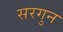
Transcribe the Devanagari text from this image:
सरगुन